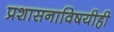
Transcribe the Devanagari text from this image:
प्रशासनाविषयीही